King Institute of Preventive Medicine Bacteriolog. Section reports 1907-08
Year: 1907
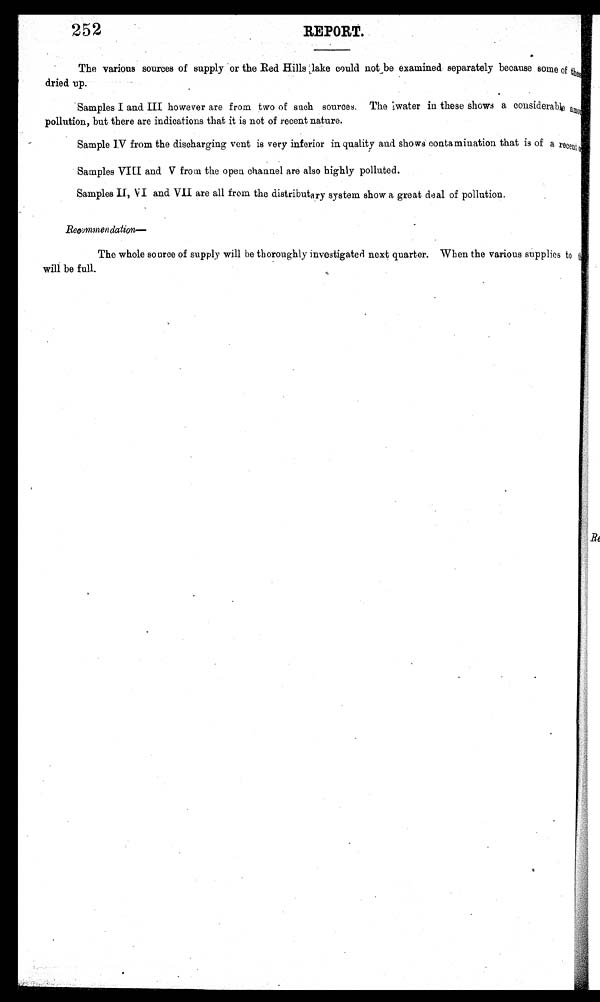
252
REPORT.
The various sources of supply 'or the Red Hills lake could not be examined, separately because some of these
dried up.
Samples I and III however are from two of such sources. The water in these shows a considerable amount
pollution, but there are indications that it is not of recent nature.
Sample IV from the discharging vent is very inferior in quality and shows contamination that is of a recent
Samples MI and V from the open channel are also highly polluted.
Samples II, VI and VII are all from the distributary system show a great deal of pollution.
Reoommendation--
The whole source of supply will be thoroughly investigated next quarter. When the various supplies to
will be full,